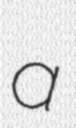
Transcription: a